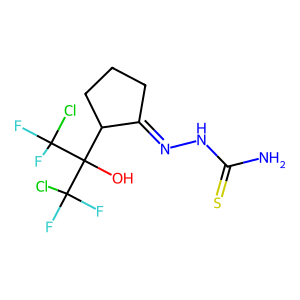
SMILES: NC(=S)NN=C1CCCC1C(O)(C(F)(F)Cl)C(F)(F)Cl
Inhibits HIV replication: No